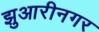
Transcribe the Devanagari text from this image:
झुआरीनगर